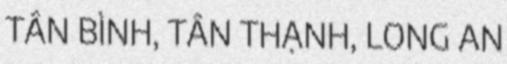
TÂN BÌNH, TÂN THẠNH, LONG AN